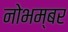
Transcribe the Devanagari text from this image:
नोभम्बर